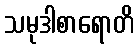
သမုဒါစာရောတိ